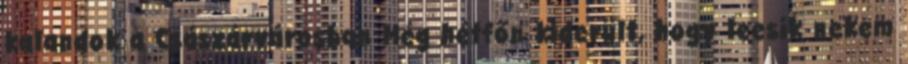
kalandok a Császárvárosban Még hétfőn kiderült, hogy leesik nekem